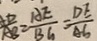
\frac { A D } { A B } = \frac { A E } { B G } = \frac { D E } { A G }